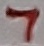
Text: 7